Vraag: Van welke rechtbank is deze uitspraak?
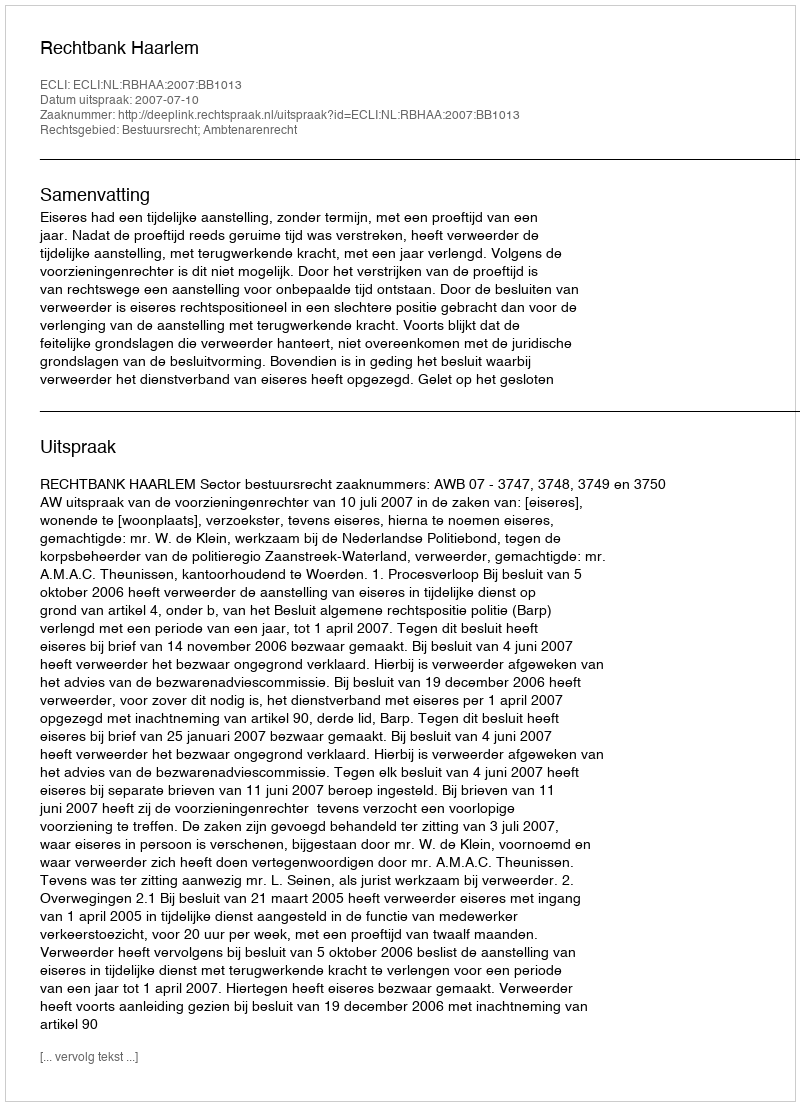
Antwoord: Rechtbank Haarlem